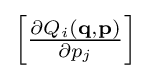
{\textstyle \left[{\frac {\partial Q_{i}(\mathbf {q} ,\mathbf {p} )}{\partial p_{j}}}\right]}